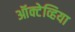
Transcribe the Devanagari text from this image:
ऑक्टेव्हिया